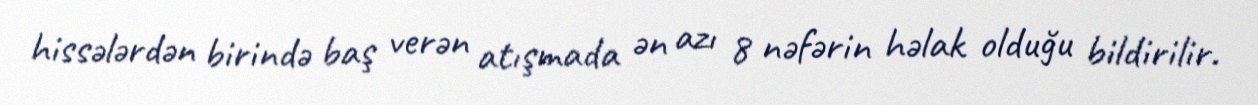
hissələrdən birində baş verən atışmada ən azı 8 nəfərin həlak olduğu bildirilir.